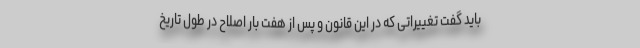
باید گفت تغییراتی که در این قانون و پس از هفت بار اصلاح در طول تاریخ